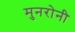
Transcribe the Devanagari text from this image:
मुनरोनी